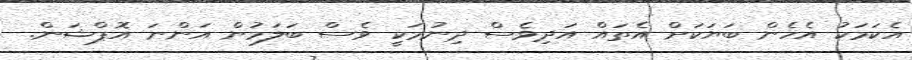
އެކަމަކު އެހެން ބަޔަކަށް އެތައް އަދިވެސް ދިނުމަކީ ވެސް ބަލަމުން އަންނަ އޮޕްޝަން.